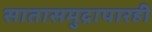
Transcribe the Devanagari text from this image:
सातासमुद्रापारही